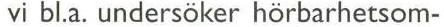
vi bl.a. undersöker hörbarhetsom-